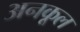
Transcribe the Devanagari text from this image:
अनकूल